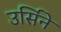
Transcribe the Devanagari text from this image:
उर्सिने